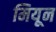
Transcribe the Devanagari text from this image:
मियून